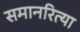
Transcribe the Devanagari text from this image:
समानरित्या